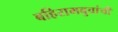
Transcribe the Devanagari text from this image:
बहिरामबुवांची